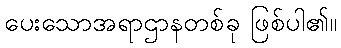
ပေးသောအရာဌာနတစ်ခု ဖြစ်ပါ၏။